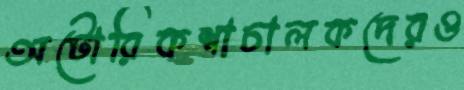
অটোরিকশাচালকদেরও